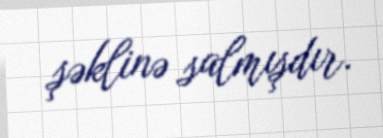
şəklinə salmışdır.